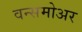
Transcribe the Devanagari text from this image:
वन्समोअर